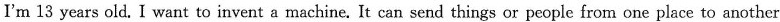
I'm 13 years old. I want to invent a machine. It can send things or people from one place to another